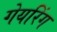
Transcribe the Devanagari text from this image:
गेयरिंग